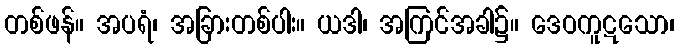
တစ်ဖန်။ အပရံ၊ အခြားတစ်ပါး။ ယဒါ၊ အကြင်အခါ၌။ ဒေဝကူဋသော၊